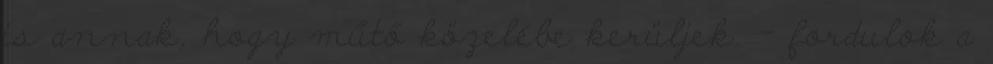
is annak, hogy műtő közelébe kerüljek. – fordulok a